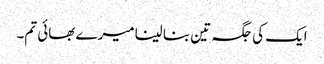
ایک کی جگہ تین بنا لینا میرے بھائی تم۔